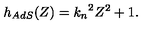
h _ { A d S } ( Z ) = { k _ { n } } ^ { 2 } Z ^ { 2 } + 1 .